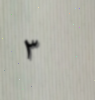
٣